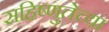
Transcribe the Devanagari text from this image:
सहिष्णुतेच्या